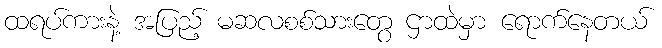
ထရပ်ကားနဲ့ အပြည့် မဆလစစ်သားတွေ ဌာထဲမှာ ရောက်နေတယ်